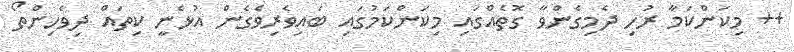
++ މިކަންކަމާ ރުހި ދެމިގެންވާ ގޮތެއްގައި މިކަންކަމުގައި ބައިވެރިވެގެން އުޅެނީ ކިތައް ދިވެހިންތޯ